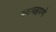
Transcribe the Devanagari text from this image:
स्वच्छपणे